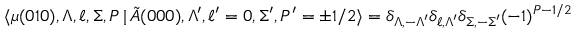
\langle \mu ( 0 1 0 ) , \Lambda , \ell , \Sigma , P \, { | } \, \tilde { A } ( 0 0 0 ) , \Lambda ^ { \prime } , \ell ^ { \prime } = 0 , \Sigma ^ { \prime } , P ^ { \prime } = \pm 1 / 2 \rangle = \delta _ { \Lambda , - \Lambda ^ { \prime } } \delta _ { \ell , \Lambda ^ { \prime } } \delta _ { \Sigma , - \Sigma ^ { \prime } } ( - 1 ) ^ { P - 1 / 2 }